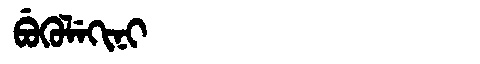
Manchu: ᠪᡠᡴᡠᠯᡝᡴᡳᠨᡳ
Romanization: BUKULEKINI